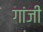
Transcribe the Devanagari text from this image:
गांजी